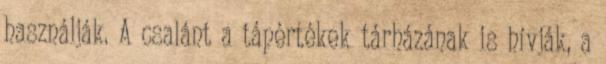
használják. A csalánt a tápértékek tárházának is hívják, a